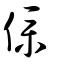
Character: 㒒